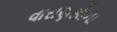
વારાણસીના